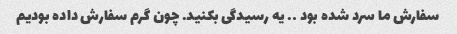
سفارش ما سرد شده بود …. یه رسیدگی بکنید. چون گرم سفارش داده بودیم